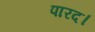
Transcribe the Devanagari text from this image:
पारद।